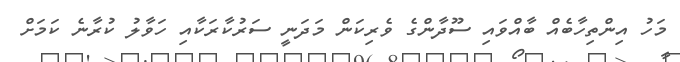
މަހު އިންތިހާބެއް ބާއްވައި ސޫދާންގެ ވެރިކަން މަދަނީ ސަރުކާރަކާއި ހަވާލު ކުރާނެ ކަމަށް